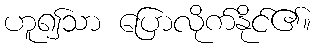
ဟူ၍သာ ပြောလိုက်နိုင်၏။